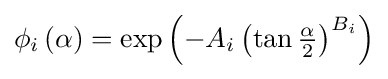
{\textstyle \phi _{i}\left(\alpha \right)=\exp {\left(-A_{i}\left(\tan {\frac {\alpha }{2}}\right)^{B_{i}}\right)}}